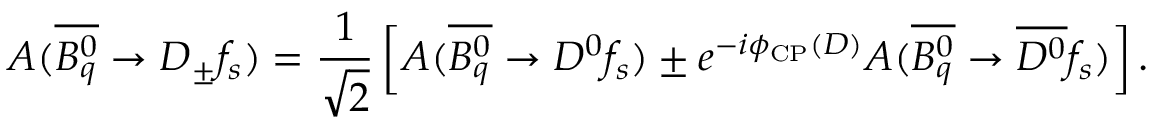
A ( \overline { { { B _ { q } ^ { 0 } } } } \to D _ { \pm } f _ { s } ) = \frac { 1 } { \sqrt { 2 } } \left[ A ( \overline { { { B _ { q } ^ { 0 } } } } \to D ^ { 0 } f _ { s } ) \pm e ^ { - i \phi _ { \mathrm { C P } } ( D ) } A ( \overline { { { B _ { q } ^ { 0 } } } } \to \overline { { { D ^ { 0 } } } } f _ { s } ) \right] .